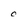
Character: 0